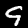
Digit: 9